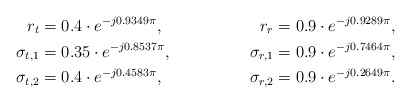
\begin{align*}r_t &= 0.4 \cdot e^{-j0.9349\pi}, &r_r = 0.9 \cdot e^{-j0.9289\pi}, \\\sigma_{t,1} &= 0.35 \cdot e^{-j0.8537\pi}, &\sigma_{r,1} = 0.9 \cdot e^{-j0.7464\pi}, \\\sigma_{t,2} &= 0.4 \cdot e^{-j0.4583\pi}, &\sigma_{r,2} = 0.9 \cdot e^{-j0.2649\pi}.\end{align*}